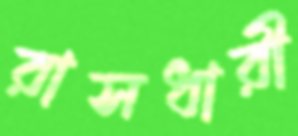
রাসধারী